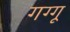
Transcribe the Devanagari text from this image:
गग्गू